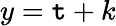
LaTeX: y=\mathtt{t}+k